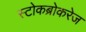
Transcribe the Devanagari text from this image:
स्टोकब्रोकरेज